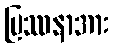
ပြဿနာအား